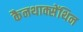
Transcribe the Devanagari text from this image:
कैनथाक्सेंथिन